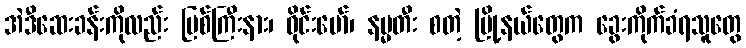
အဲဒီဆေးခန်းကိုလည်း မြစ်ကြီးနား၊ ဝိုင်းမော်၊ နမ္မတီး စတဲ့ မြို့နယ်တွေက ခွေးကိုက်ခံရသူတွေ